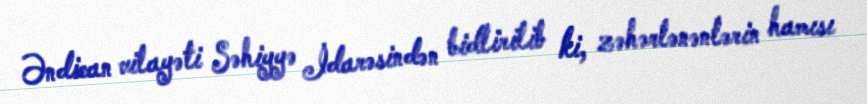
Əndican vilayəti Səhiyyə İdarəsindən bidlirilib ki, zəhərlənənlərin hamısı